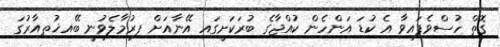
ގޮތް ހުސްވެފައިވާ އެ ކުޑަ އަންހެން ކުއްޖާގެ ބުރަކަށީގައި އޭނާއަށް ފިރުމާލެވުނީ ބޭއިޚުތިއާރުގަ